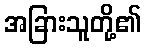
အခြားသူတို့၏